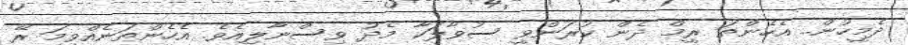
ދެމީހުން.. އެހެންތަ ރީމް ދެން ކުރަންވީ ސުވާލަކާ މެދު ވިސްނާލިއެވެ. އެހެންތަނެއްވީމަ ރޭ